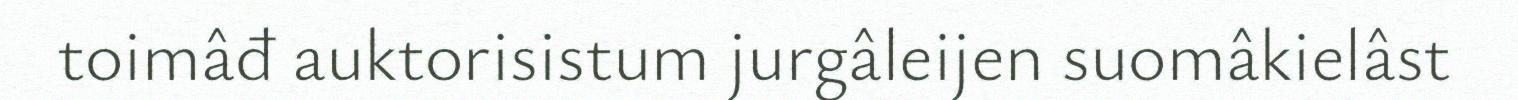
toimâđ auktorisistum jurgâleijen suomâkielâst